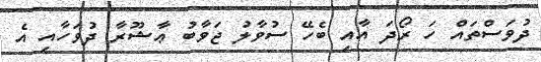
ދުވަސްތައް ހަ ރޯދަ އާއި ބެހޭ ސުވާލު ޖަވާބު ޢާޝޫރާ ދުވަހާއި އެ